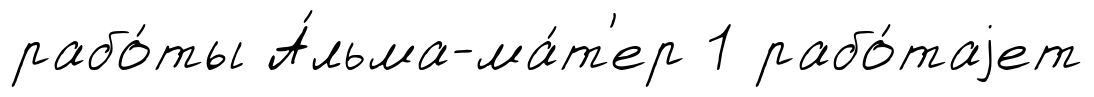
рабо́ты А́льма-ма́т'ер 1 рабо́таjет